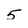
Character: 5